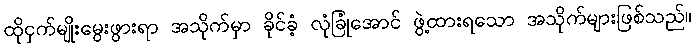
ထိုငှက်မျိုးမွေးဖွားရာ အသိုက်မှာ ခိုင်ခံ့ လုံခြုံအောင် ဖွဲ့ထားရသော အသိုက်များဖြစ်သည်။